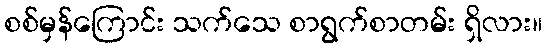
စစ်မှန်ကြောင်း သက်သေ စာရွက်စာတမ်း ရှိလား။